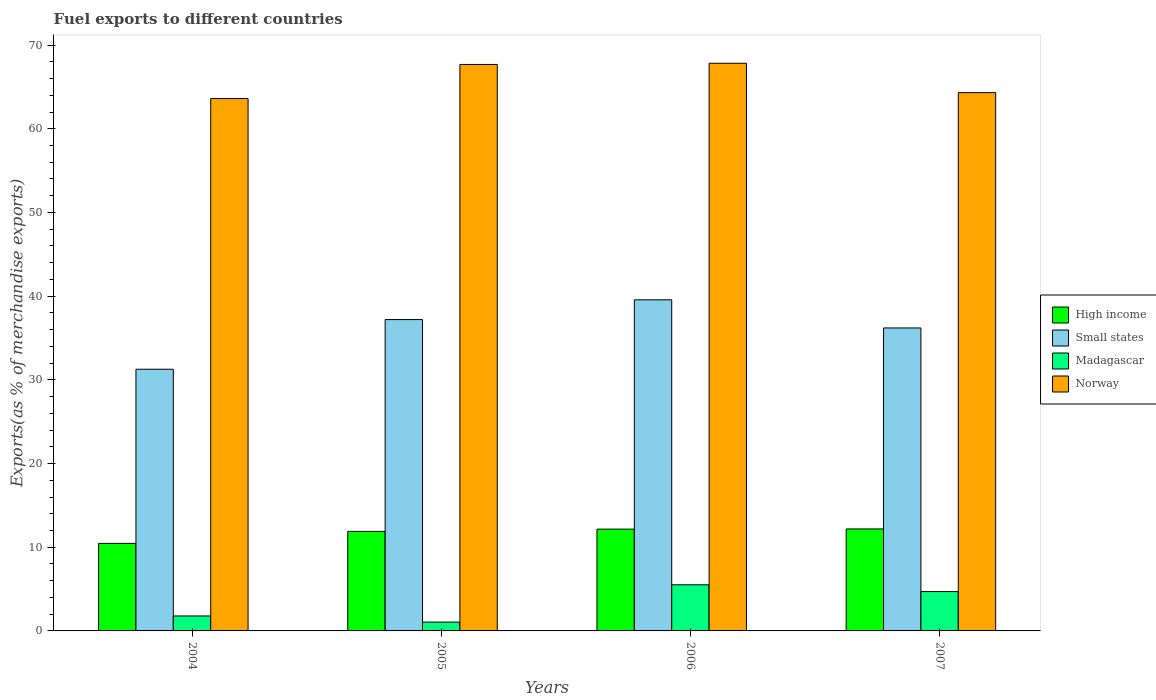
| Years | High income | Small states | Madagascar | Norway |
 | --- | --- | --- | --- | --- |
 | 2004 | 10.5 | 31.3 | 1.79 | 63.6 |
 | 2005 | 11.9 | 37.2 | 1.05 | 67.7 |
 | 2006 | 12.2 | 39.6 | 5.51 | 67.8 |
 | 2007 | 12.2 | 36.2 | 4.7 | 64.3 |